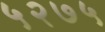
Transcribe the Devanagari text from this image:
५२७५